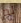
لم